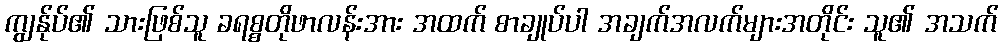
ကျွန်ုပ်၏ သားဖြစ်သူ ခရစ္စတိုဖာလန်းအား အထက် စာချုပ်ပါ အချက်အလက်များအတိုင်း သူ၏ အသက်